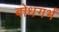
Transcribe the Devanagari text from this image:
बोधगर्भ